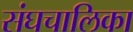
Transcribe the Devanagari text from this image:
संघचालिका